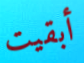
أبقيت